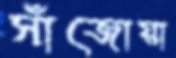
সাঁজোয়া